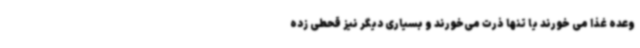
وعده غذا می خورند یا تنها ذرت می‌خورند و بسیاری دیگر نیز قحطی زده